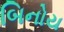
બિનોય